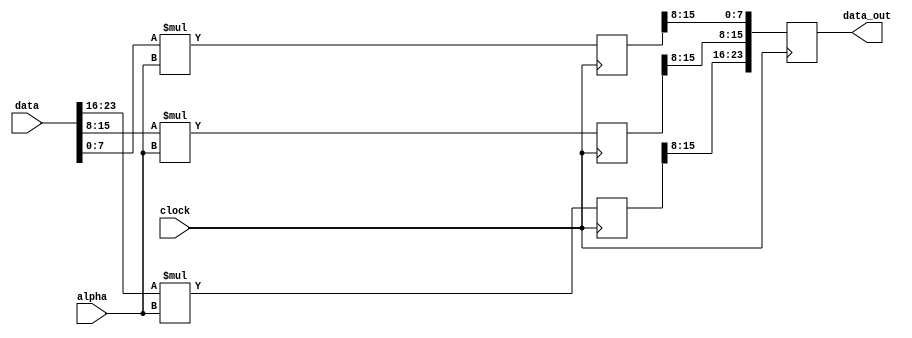
// This program was cloned from: https://github.com/chriz2600/DreamcastHDMI
// License: MIT License

/* verilator lint_off UNUSED */

module alpha_calc(
    input clock,
    input [23:0] data,
    input [8:0] alpha,
    output reg [23:0] data_out
);
    function [7:0] trunc_rddata(
        input[15:0] value
    );
        trunc_rddata = value[15:8];
    endfunction

    reg [15:0] r_a, g_a, b_a;

    always @(posedge clock) begin
        r_a <= { 8'b0, data[23:16] } * alpha;
        g_a <= { 8'b0, data[15:8] } * alpha;
        b_a <= { 8'b0, data[7:0] } * alpha;

        data_out <= { trunc_rddata(r_a), trunc_rddata(g_a), trunc_rddata(b_a) };
    end
endmodule